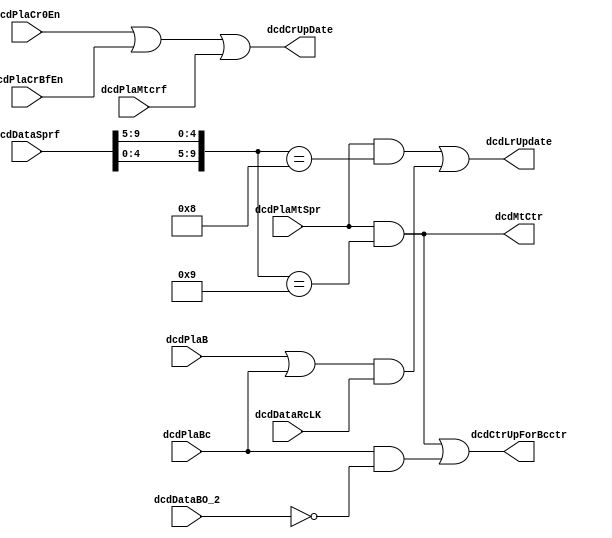
// 
// ************************************************************************** 
// 
//  Copyright (c) International Business Machines Corporation, 2005. 
// 
//  This file contains trade secrets and other proprietary and confidential 
//  information of International Business Machines Corporation which are 
//  protected by copyright and other intellectual property rights and shall 
//  not be reproduced, transferred to other documents, disclosed to others, 
//  or used for any purpose except as specifically authorized in writing by 
//  International Business Machines Corporation. This notice must be 
//  contained as part of this text at all times. 
// 
// ************************************************************************** 
//

module p405s_dcdEquations( dcdMtCtr, dcdCrUpDate, dcdLrUpdate, dcdCtrUpForBcctr, 
   dcdDataRcLK, dcdPlaCr0En, dcdPlaMtSpr, dcdDataSprf, dcdPlaCrBfEn, dcdPlaMtcrf, 
   dcdPlaB, dcdPlaBc, dcdDataBO_2);

output          dcdMtCtr, dcdCrUpDate;
output          dcdLrUpdate, dcdCtrUpForBcctr;

input           dcdPlaMtSpr;
input   [0:9]   dcdDataSprf;
input           dcdDataRcLK;
input           dcdPlaCr0En, dcdPlaCrBfEn, dcdPlaMtcrf, dcdPlaB;
input           dcdPlaBc, dcdDataBO_2;

wire    [0:9]   dcdDataSprn;
wire            dcdMtLr;

wire dcdMtCtr_int;
assign dcdMtCtr = dcdMtCtr_int;

assign dcdDataSprn = {dcdDataSprf[5:9],dcdDataSprf[0:4]};
assign dcdMtLr = dcdPlaMtSpr & (dcdDataSprn[0:9] == 10'h008);
assign dcdMtCtr_int = dcdPlaMtSpr & (dcdDataSprn[0:9] == 10'h009);
assign dcdCrUpDate = dcdPlaCr0En | dcdPlaCrBfEn | dcdPlaMtcrf;
assign dcdLrUpdate = dcdMtLr | ((dcdPlaB | dcdPlaBc) & dcdDataRcLK);
assign dcdCtrUpForBcctr = dcdMtCtr_int | (dcdPlaBc & ~dcdDataBO_2);

endmodule